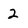
Character: 2